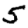
Digit: 5